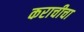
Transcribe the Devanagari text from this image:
कराचीचा